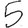
Digit: 5